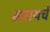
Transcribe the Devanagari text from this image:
मरायचे